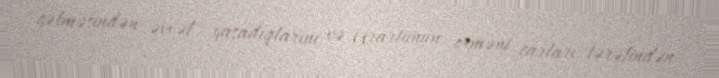
gəlməsindən əvvəl yaşadıqlarını və Urartunun erməni çarları tərəfindən